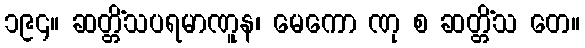
၁၉၄။ ဆတ္တိံသပရမာဏူန၊ မေကော ဏု စ ဆတ္တိံသ တေ။